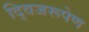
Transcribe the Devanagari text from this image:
द्विजरूपेण